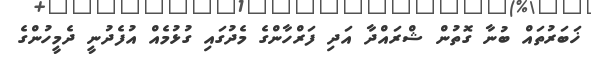
ޚަބަރުތައް ބުނާ ގޮތުން ޝްރައްދާ އަދި ފަރްހާންގެ މެދުގައި ގުޅުމެއް އުފެދުނީ ދެމީހުންގެ